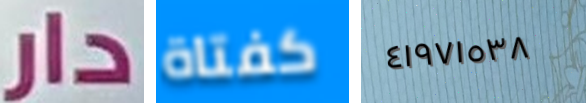
دار كفتاة ٤١٩٧١٥٣٨